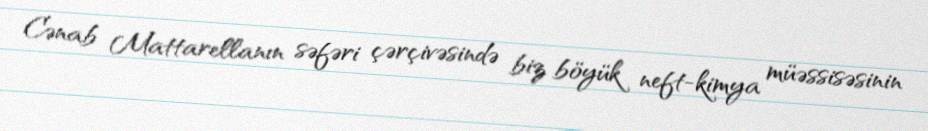
Cənab Mattarellanın səfəri çərçivəsində biz böyük neft-kimya müəssisəsinin